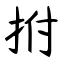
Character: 拊